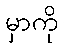
မှာကို